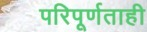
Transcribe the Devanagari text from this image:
परिपूर्णताही